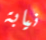
نيابة